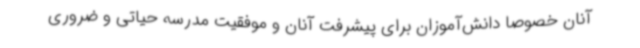
آنان خصوصاً دانش‌آموزان برای پیشرفت آنان و موفقیت مدرسه حیاتی و ضروری